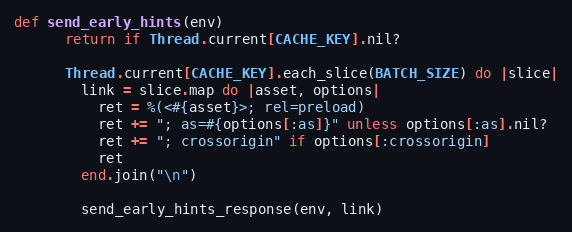
Language: Ruby
def send_early_hints(env)
      return if Thread.current[CACHE_KEY].nil?

      Thread.current[CACHE_KEY].each_slice(BATCH_SIZE) do |slice|
        link = slice.map do |asset, options|
          ret = %(<#{asset}>; rel=preload)
          ret += "; as=#{options[:as]}" unless options[:as].nil?
          ret += "; crossorigin" if options[:crossorigin]
          ret
        end.join("\n")

        send_early_hints_response(env, link)